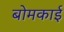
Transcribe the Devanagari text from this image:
बोमकाई